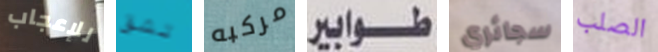
للإعجاب تشق مركبه طوابير سجائري الصلب